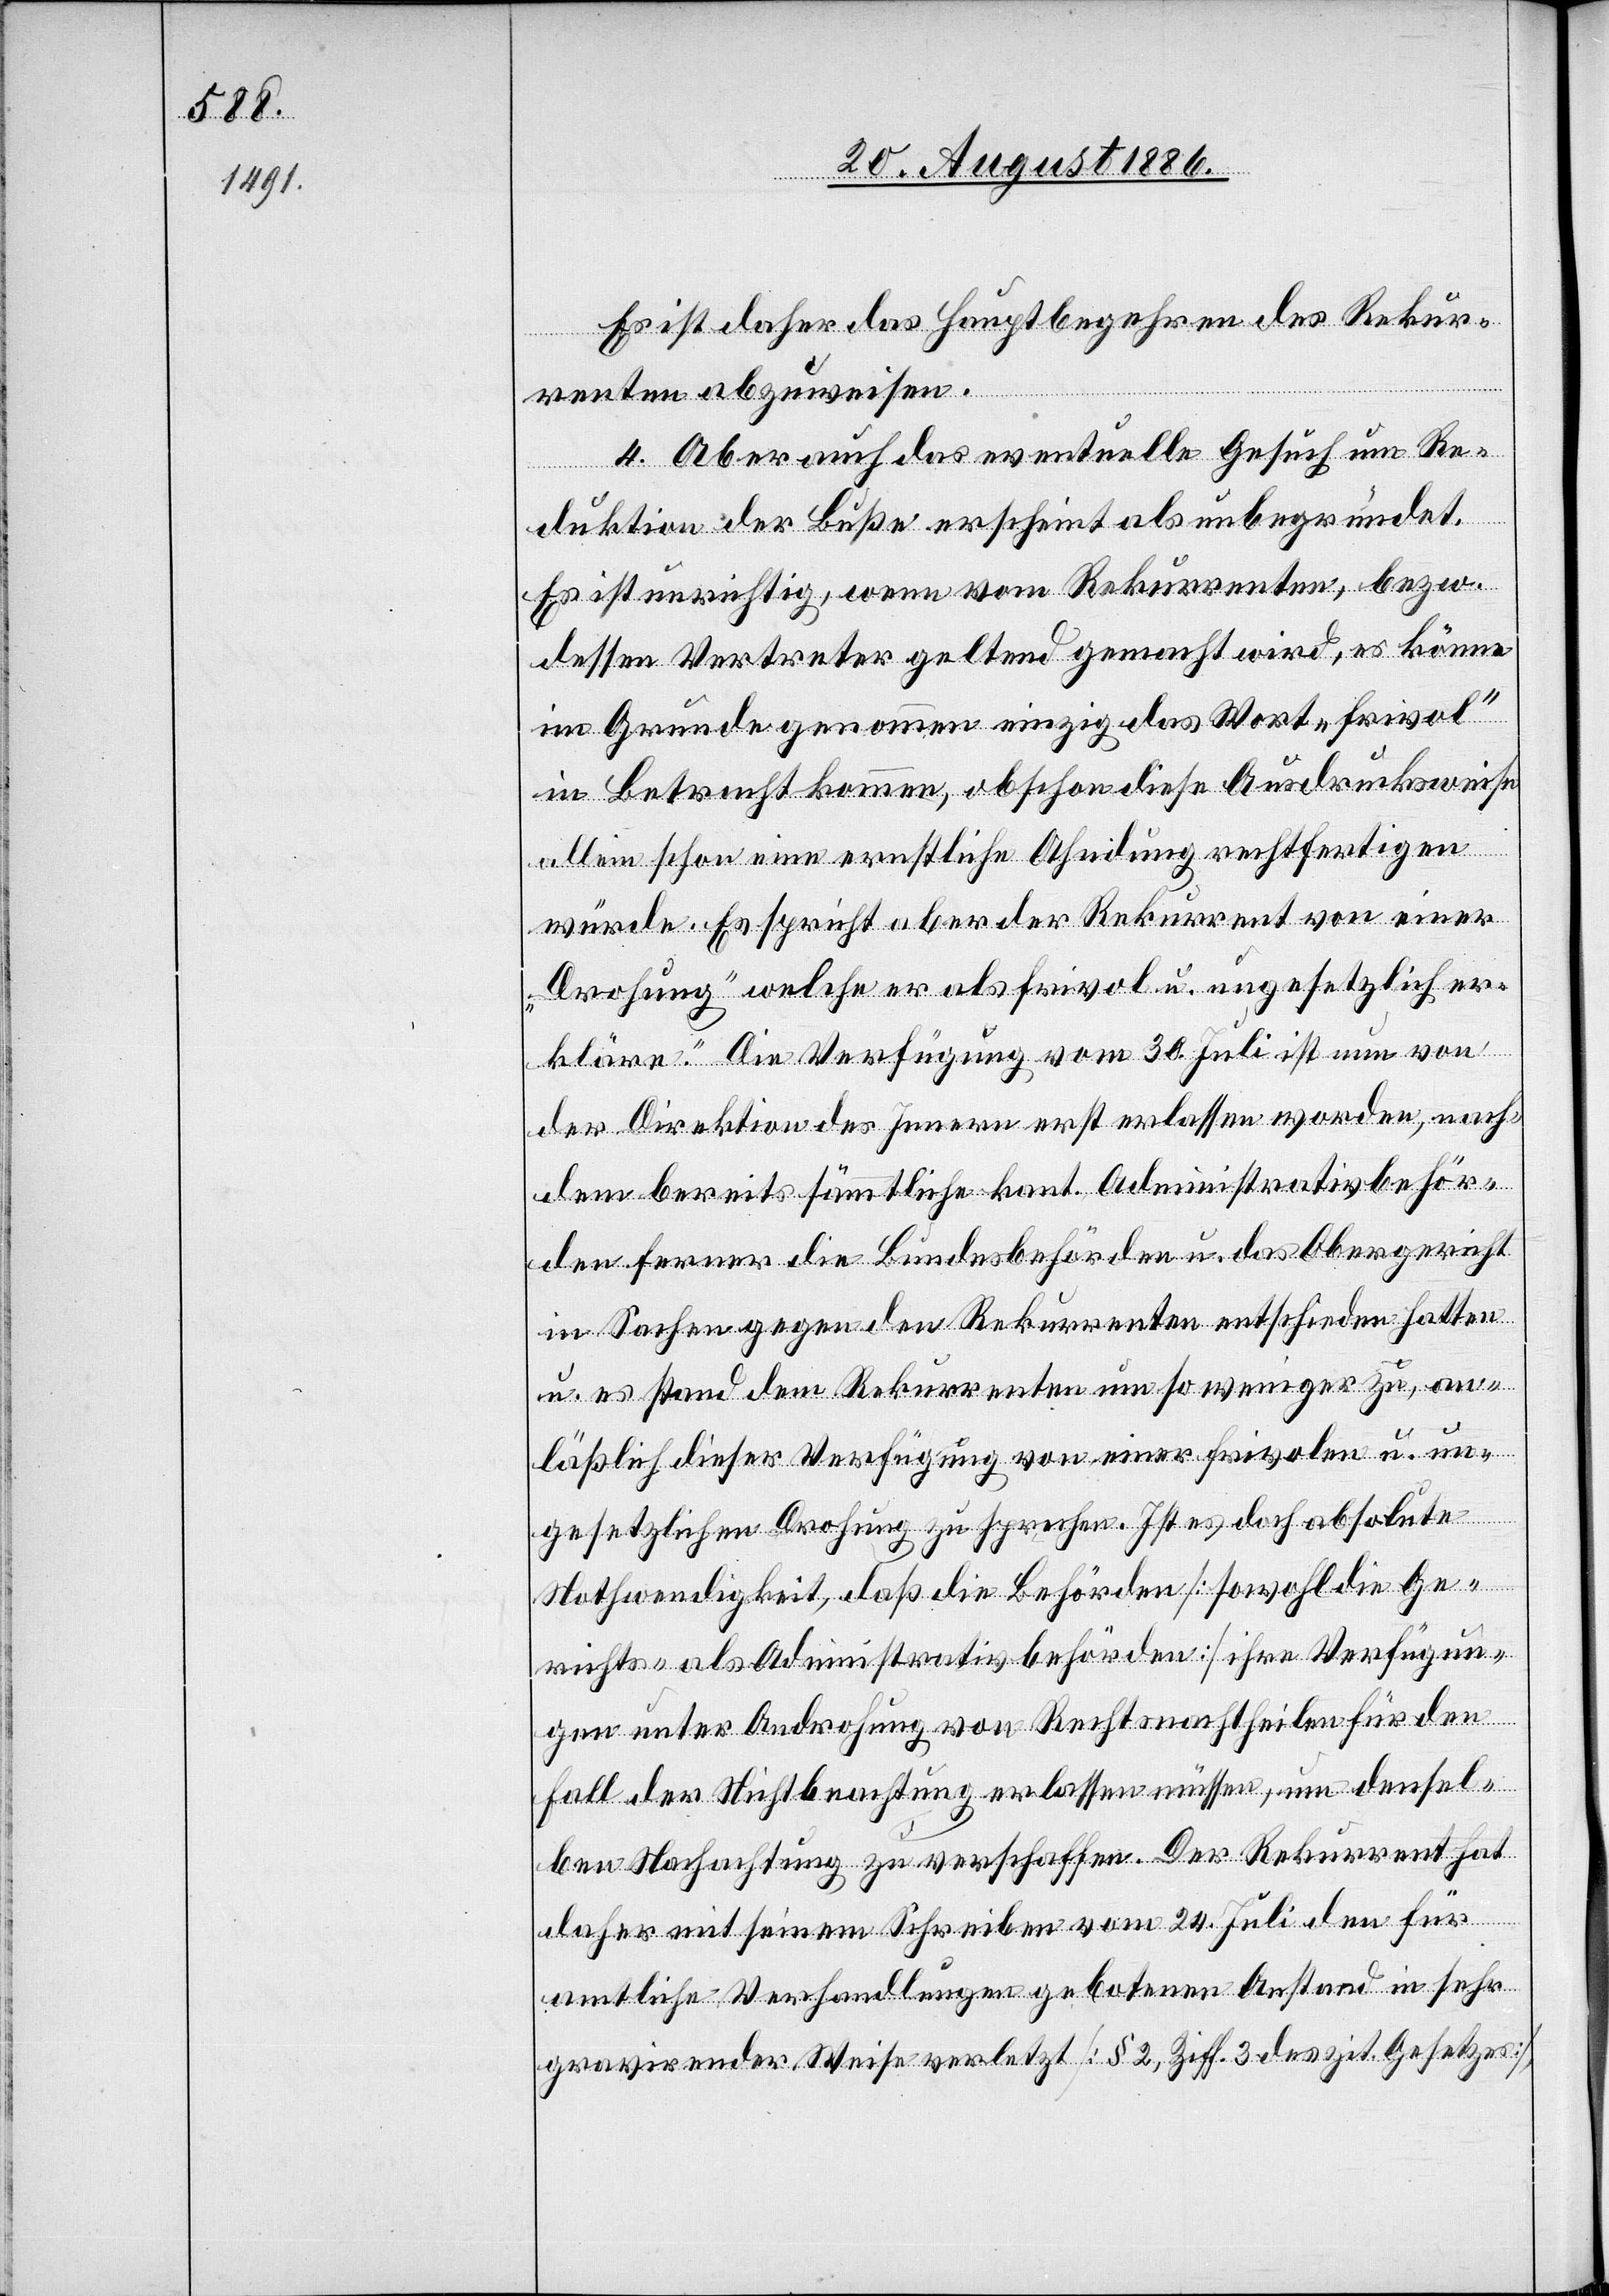
Es ist daher das Hauptbegehren des Rekur¬
renten abzuweisen.
c!] Aber auch das eventuelle Gesuch um Re¬
4.
duktion der Buße erscheint als unbegründet.
Es ist unrichtig, wenn vom Rekurrenten, bezw.
dessen Vertreter geltend gemacht wird, es könne
im Grunde genommen einzig das Wort „frivol“
in Betracht kommen, obschon diese Ausdrucksweise
allein schon eine ernstliche Ahndung rechtfertigen
würde. Es spricht aber der Rekurrent von einer
„Drohung“ welche er als frivol u. ungesetzlich er¬
kläre. Die Verfügung vom 30. Juli ist nun von
der Direktion des Innern erst erlassen worden, nach¬
dem bereits sämmtliche kant. Administrativbehör¬
den ferner die Bundesbehörden u. das Obergericht
in Sachen gegen den Rekurrenten entschieden hatten
u. es stand dem Rekurrenten um so weniger zu, an¬
läßlich dieser Verfügung von einer frivolen u. un¬
gesetzlichen Drohung zu sprechen. Ist es doch absolute
Nothwendigkeit, daß die Behörden [sowohl die Ge¬
richts- als Administrativbehörden] ihre Verfügun¬
[si¬
gen unter Androhung von Rechtsnachtheilen für den
Fall der Nichtbeachtung erlassen müssen, um densel¬
ben Nachachtung zu verschaffen. Der Rekurrent hat
daher mit seinem Schreiben vom 24. Juli den für
amtliche Verhandlungen gebotenen Anstand in sehr
gravirender Weise verletzt [§ 2, Ziff. 3 des zit. Gesetzes],